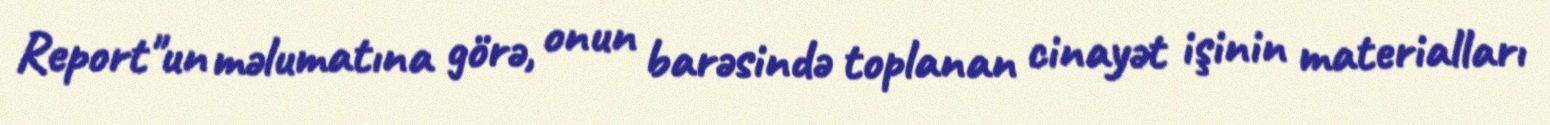
Report"un məlumatına görə, onun barəsində toplanan cinayət işinin materialları